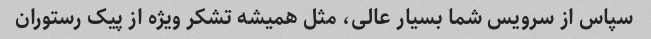
سپاس از سرویس شما بسیار عالی، مثل همیشه تشکر ویژه از پیک رستوران